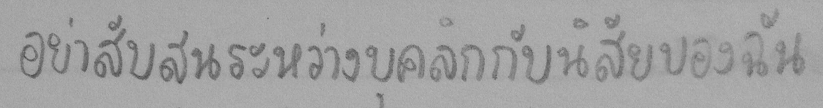
อย่าสับสนระหว่างบุคลิกกับนิสัยของฉัน